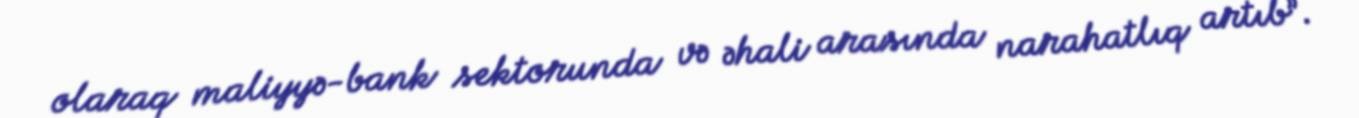
olaraq maliyyə-bank sektorunda və əhali arasında narahatlıq artıb”.